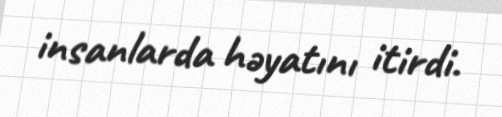
insanlarda həyatını itirdi.